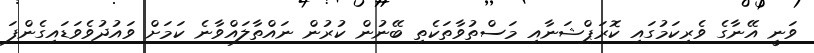
ވަނީ އޭނާގެ ވެރިކަމުގައި ކޮރަޕްޝަނާއި މަސްތުވާތަކެތި ބޭނުން ކުރުން ނައްތާލައްވާނެ ކަމަށް ވައުދުވެވަޑައިގެންފަ